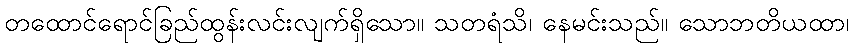
တထောင်ရောင်ခြည်ထွန်းလင်းလျက်ရှိသော။ သတရံသိ၊ နေမင်းသည်။ သောဘတိယထာ၊